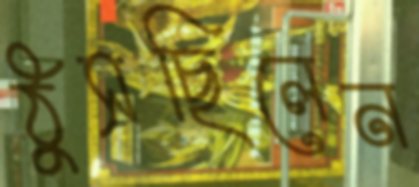
ঠুসছিলেন